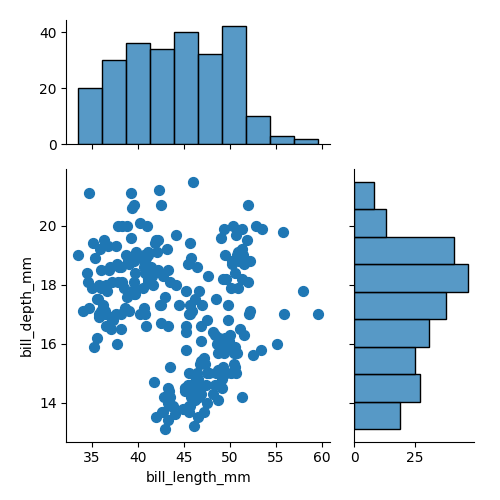
python, seaborn, jointplot, kind='scatter', height='5', ratio='2', marginal_ticks='True'